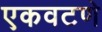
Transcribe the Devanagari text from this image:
एकवटणे